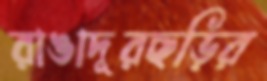
রাঙাদূরছড়ির